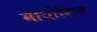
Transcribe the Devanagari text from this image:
मायोसिन